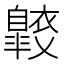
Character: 𧞠